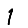
Digit: 1